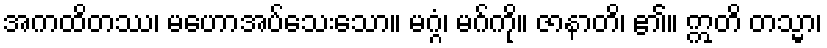
အကထိတဿ၊ မဟောအပ်သေးသော။ မဂ္ဂံ၊ မဂ်ကို။ ဇာနာတိ၊ ၏။ ဣတိ တသ္မာ၊